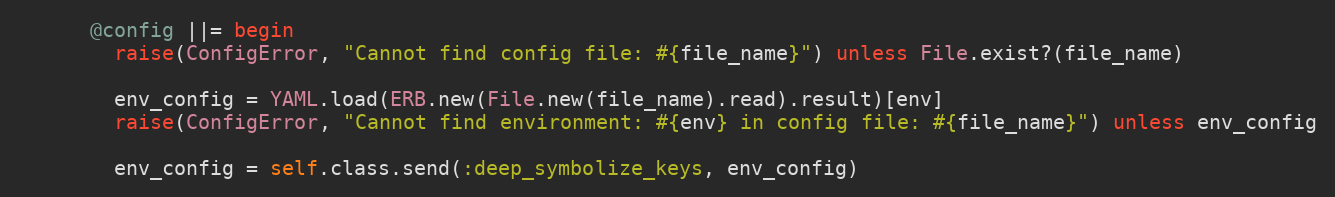
Language: Ruby
      @config ||= begin
        raise(ConfigError, "Cannot find config file: #{file_name}") unless File.exist?(file_name)

        env_config = YAML.load(ERB.new(File.new(file_name).read).result)[env]
        raise(ConfigError, "Cannot find environment: #{env} in config file: #{file_name}") unless env_config

        env_config = self.class.send(:deep_symbolize_keys, env_config)